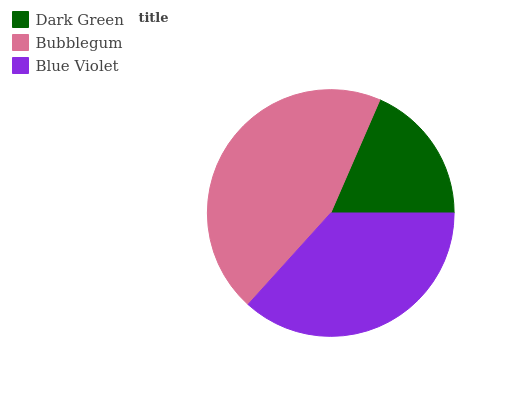
| Dark Green | Bubblegum | Blue Violet |
 | --- | --- | --- |
 | 18.4% | 44.8% | 36.7% |